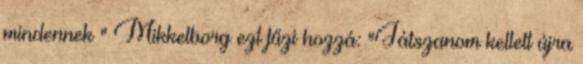
mindennek " Mikkelborg ezt fűzi hozzá: "Játszanom kellett újra